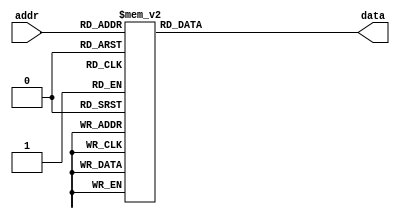
// Listing 12.5
module rom_template
   (
    input wire [3:0] addr,
    output reg [7:0] data
   );

   // body
   always @*
      case (addr)
         4'h0: data = 7'b0000001;
         4'h1: data = 7'b1001111;
         4'h2: data = 7'b0010010;
         4'h3: data = 7'b0000110;
         4'h4: data = 7'b1001100;
         4'h5: data = 7'b0100100;
         4'h6: data = 7'b0100000;
         4'h7: data = 7'b0001111;
         4'h8: data = 7'b0000000;
         4'h9: data = 7'b0000100;
         4'ha: data = 7'b0001000;
         4'hb: data = 7'b1100000;
         4'hc: data = 7'b0110001;
         4'hd: data = 7'b1000010;
         4'he: data = 7'b0110000;
         4'hf: data = 7'b0111000;
      endcase

endmodule